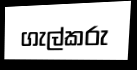
ගැල්කරු